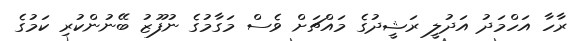
ރާހާ އަހްމަދު އަދުލީ ރަޝީދުގެ މައްޗަށް ވެސް މަގާމުގެ ނުފޫޒު ބޭނުންކުރި ކަމުގެ